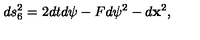
d s _ { 6 } ^ { 2 } = 2 d t d \psi - F d \psi ^ { 2 } - d { \bf x } ^ { 2 } ,